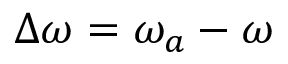
\Delta \omega = \omega _ { a } - \omega